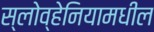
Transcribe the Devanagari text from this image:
स्लोव्हेनियामधील